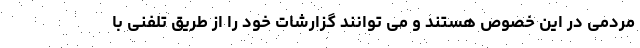
مردمی در این خصوص هستند و می توانند گزارشات خود را از طریق تلفنی با